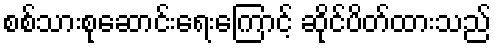
စစ်သားစုဆောင်းရေးကြောင့် ဆိုင်ပိတ်ထားသည်